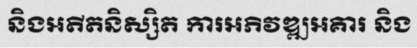
និងអតីតនិស្សិត ការអភិវឌ្ឍអគារ និង